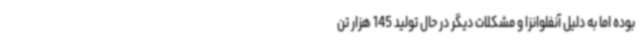
بوده اما به دلیل آنفلوانزا و مشکلات دیگر در حال تولید 145 هزار تن